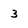
Character: 3